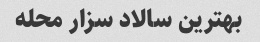
بهترین سالاد سزار محله